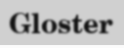
Gloster